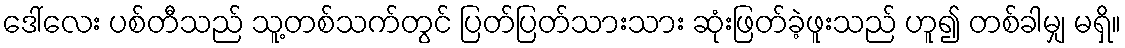
ဒေါ်လေး ပစ်တီသည် သူ့တစ်သက်တွင် ပြတ်ပြတ်သားသား ဆုံးဖြတ်ခဲ့ဖူးသည် ဟူ၍ တစ်ခါမျှ မရှိ။